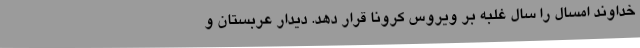
خداوند امسال را سال غلبه بر ویروس کرونا قرار دهد. دیدار عربستان و